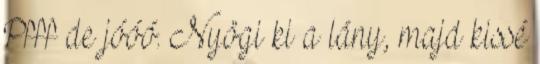
Pfff de jóóó. Nyögi ki a lány, majd kissé